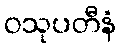
ဝသုပတီနံ